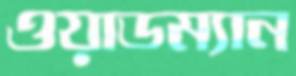
ওয়াডম্যান